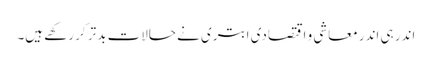
اندر ہی اندر معاشی و اقتصادی ابتری نے حالات بدتر کر رکھے ہیں۔